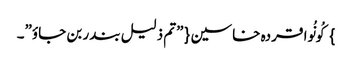
} کُونُوا قردہ خاسین{ ”تم ذلیل بندر بن جاوٴ”۔